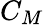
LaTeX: C_{M}